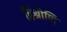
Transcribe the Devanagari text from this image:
द्विश्रोणि